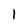
Character: 1